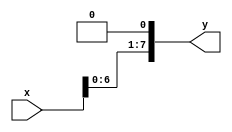
`timescale 1ns / 1ps
//////////////////////////////////////////////////////////////////////////////////
// Company: 
// Engineer: 
// 
// Design Name: 
// Module Name: nBitShifter
// Project Name: 
// Target Devices: 
// Tool Versions: 
// Description: 
// 
// Dependencies: 
// 
// Revision:
// Revision 0.01 - File Created
// Additional Comments:
// 
//////////////////////////////////////////////////////////////////////////////////



module nBitShifter#(parameter n = 8)(
input [n-1:0] x,
output [n-1: 0] y
    );
    
    assign y = {x[n-2:0], 1'b0};
endmodule